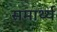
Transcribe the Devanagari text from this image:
समार्थ्य